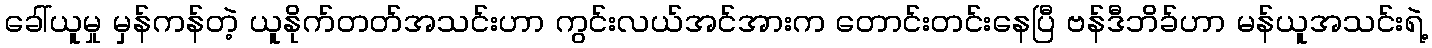
ခေါ်ယူမှု မှန်ကန်တဲ့ ယူနိုက်တတ်အသင်းဟာ ကွင်းလယ်အင်အားက တောင်းတင်းနေပြီ ဗန်ဒီဘိခ်ဟာ မန်ယူအသင်းရဲ့